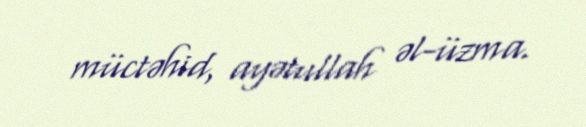
müctəhid, ayətullah əl-üzma.